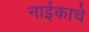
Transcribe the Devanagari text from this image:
नाईकाचे